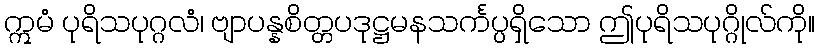
ဣမံ ပုရိသပုဂ္ဂလံ၊ ဗျာပန္နစိတ္တပဒုဋ္ဌမနသင်္ကပ္ပရှိသော ဤပုရိသပုဂ္ဂိုလ်ကို။